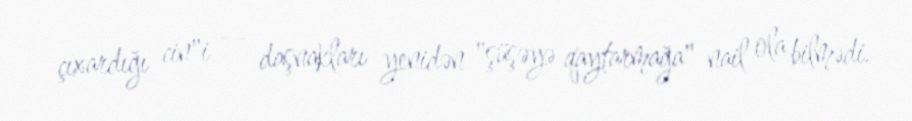
çıxardığı cin"i — daşnakları yenidən "şüşəyə qaytarmağa" nail ola bilmədi.